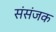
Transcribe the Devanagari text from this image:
संसंजक